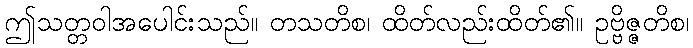
ဤသတ္တဝါအပေါင်းသည်။ တသတိစ၊ ထိတ်လည်းထိတ်၏။ ဥဗ္ဗိဇ္ဇတိစ၊